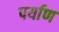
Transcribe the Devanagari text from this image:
पर्याण